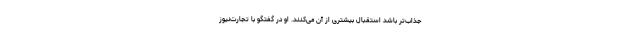
جذاب‌تر باشد استقبال بیشتری از آن می‌کنند. او در گفتگو با تجارت‌نیوز